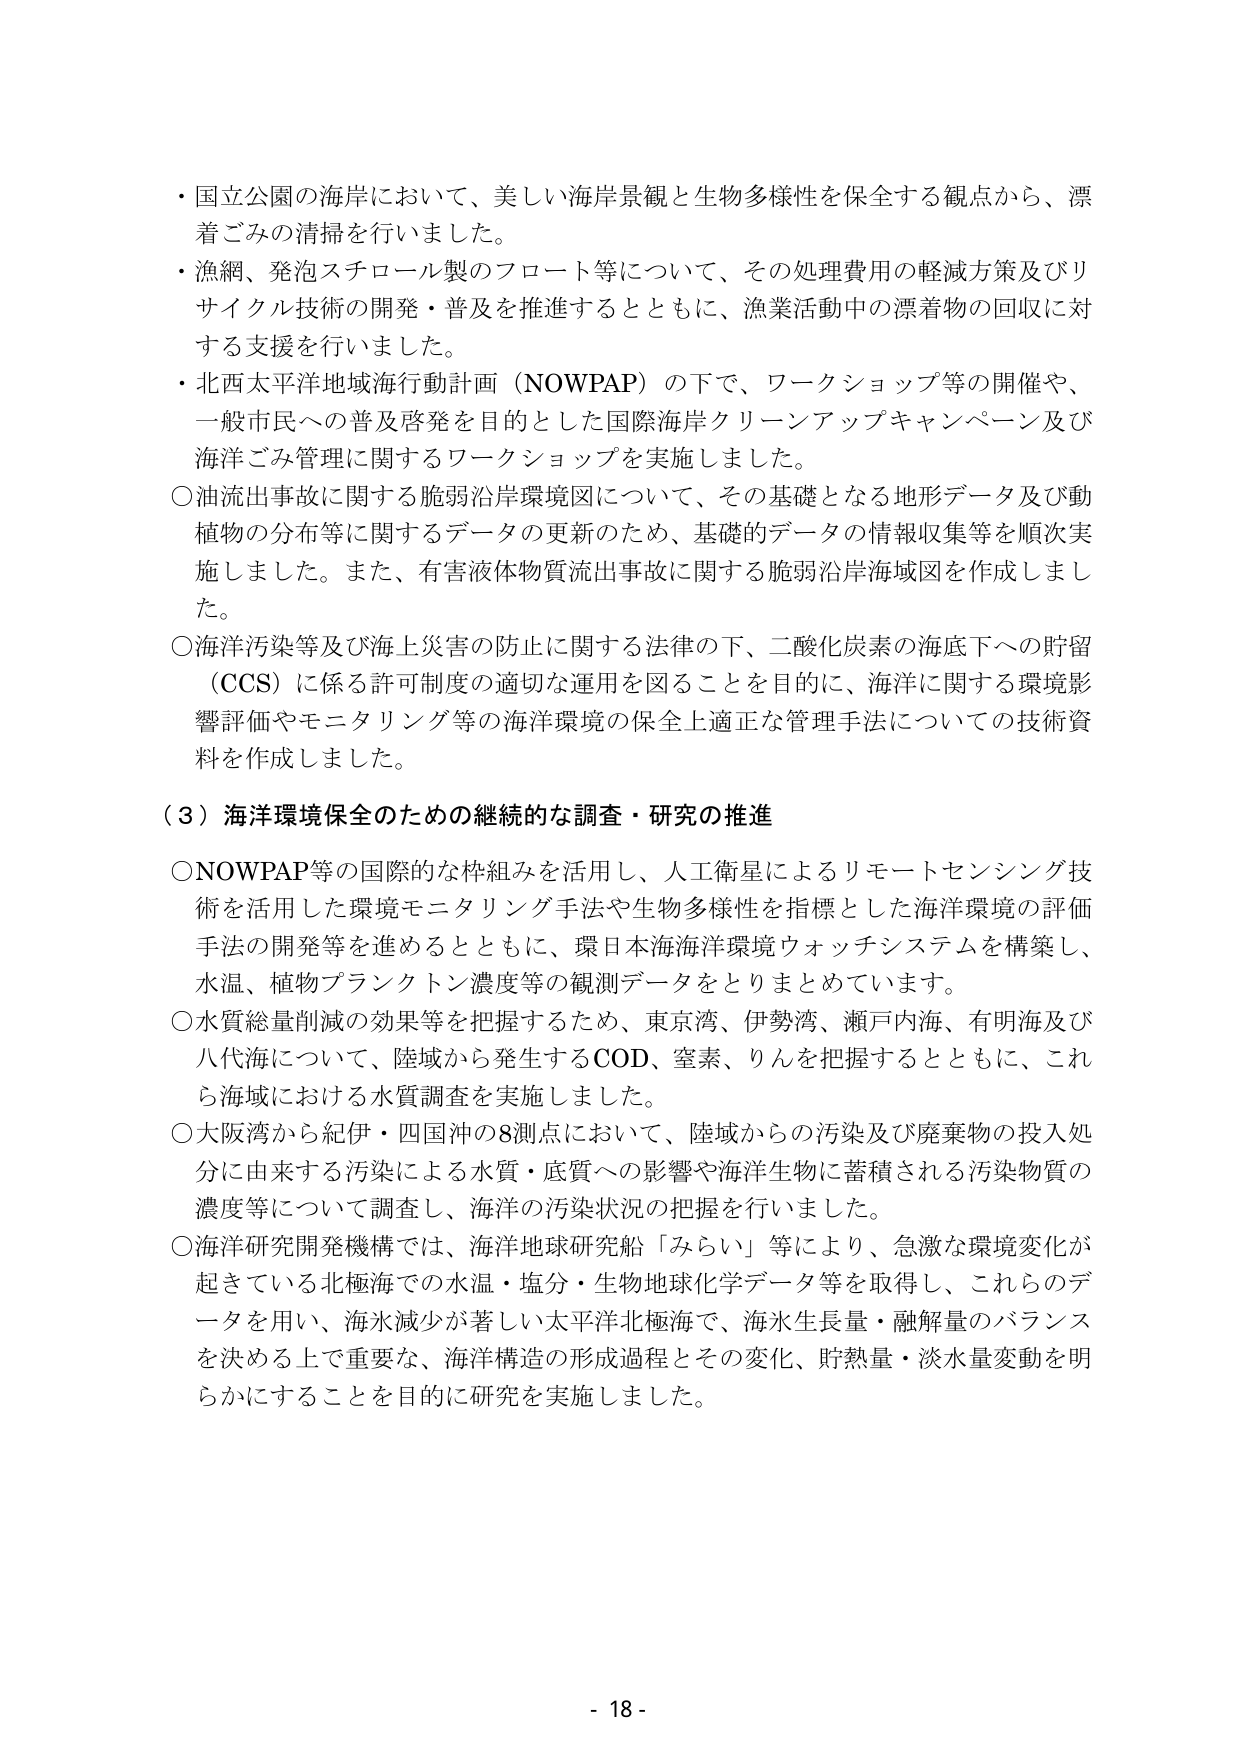
・国立公園の海岸において、美しい海岸景観と生物多様性を保全する観点から、漂着ごみの清掃を行いました。

・漁網、発泡スチロール製のフロート等について、その処理費用の軽減方策及びリサイクル技術の開発・普及を推進するとともに、漁業活動中の漂着物の回収に対する支援を行いました。

・北西太平洋地域海行動計画（NOWPAP）の下で、ワークショップ等の開催や、一般市民への普及啓発を目的とした国際海岸クリーンアップキャンペーン及び海洋ごみ管理に関するワークショップを実施しました。

○油流出事故に関する脆弱沿岸環境図について、その基礎となる地形データ及び動植物の分布等に関するデータの更新のため、基礎的データの情報収集等を順次実施しました。また、有害液体物質流出事故に関する脆弱沿岸海域図を作成しました。

○海洋汚染等及び海上災害の防止に関する法律の下、二酸化炭素の海底下への貯留（CCS）に係る許可制度の適切な運用を図ることを目的に、海洋に関する環境影響評価やモニタリング等の海洋環境の保全上適正な管理手法についての技術資料を作成しました。

（３）海洋環境保全のための継続的な調査・研究の推進

○NOWPAP等の国際的な枠組みを活用し、人工衛星によるリモートセンシング技術を活用した環境モニタリング手法や生物多様性を指標とした海洋環境の評価手法の開発等を進めるとともに、環日本海海洋環境ウォッチシステムを構築し、水温、植物プランクトン濃度等の観測データをとりまとめています。

○水質総量削減の効果等を把握するため、東京湾、伊勢湾、瀬戸内海、有明海及び八代海について、陸域から発生するCOD、窒素、りんを把握するとともに、これら海域における水質調査を実施しました。

○大阪湾から紀伊・四国沖の8測点において、陸域からの汚染及び廃棄物の投入処分に由来する汚染による水質・底質への影響や海洋生物に蓄積される汚染物質の濃度等について調査し、海洋の汚染状況の把握を行いました。

○海洋研究開発機構では、海洋地球研究船「みらい」等により、急激な環境変化が起きている北極海での水温・塩分・生物地球化学データ等を取得し、これらのデータを用い、海水減少が著しい太平洋北極海で、海水生長量・融解量のバランスを決める上で重要な、海洋構造の形成過程とその変化、貯熱量・淡水量変動を明らかにすることを目的に研究を実施しました。

- 18 -